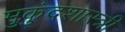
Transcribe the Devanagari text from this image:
मुुकुंदशास्त्री